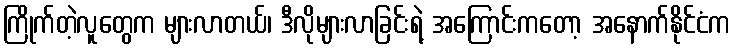
ကြိုက်တဲ့လူတွေက များလာတယ်၊ ဒီလိုများလာခြင်းရဲ့ အကြောင်းကတော့ အနောက်နိုင်ငံက